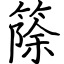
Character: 篨